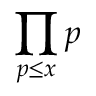
\prod _ { p \leq x } p